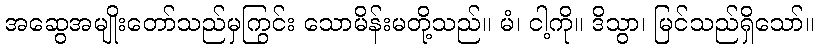
အဆွေအမျိုးတော်သည်မှကြွင်း သောမိန်းမတို့သည်။ မံ၊ ငါ့ကို။ ဒိသွာ၊ မြင်သည်ရှိသော်။